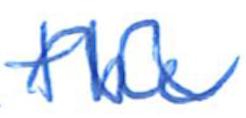
Text: the
Cross-out: wave
Writing tool: ballpoint